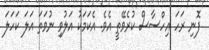
ފޮނި ރަހަ އިހްސާސް ކުރެވޭތީ އެވެ. އެކަމަކު އަލުވި ނުވަތަ އަލަ ކަހަލަ